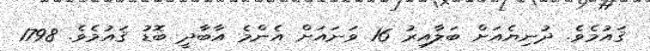
ޤައުމެވެ. ދުނިޔެއަށް ބަލާއިރު 16 ވަނައަށް އެންމެ އާބާދީ ބޮޑު ޤައުމެވެ. 1798